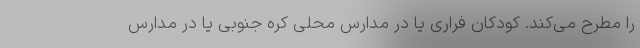
را مطرح می‌کند. کودکان فراری یا در مدارس محلی کره جنوبی یا در مدارس